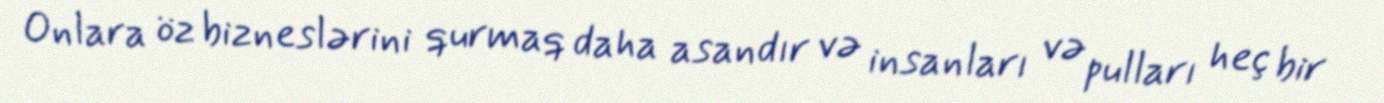
Onlara öz bizneslərini qurmaq daha asandır və insanları və pulları heç bir